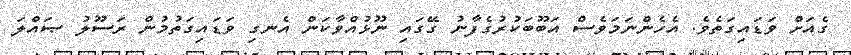
ގެއަށް ވަޑައިގަތެވެ. އެހެންނަމަވެސް އަބޫބަކުރުގެފާނު ގޭގައި ނޫޅުއްވާކަން އެނގި ވަޑައިގަތުމުން ރަސޫލު ޞައްލަ